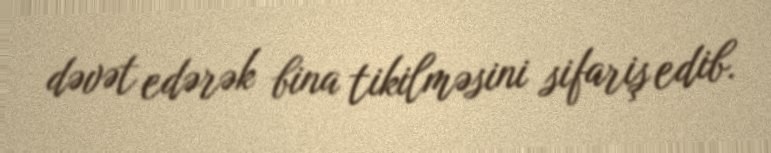
dəvət edərək bina tikilməsini sifariş edib.